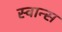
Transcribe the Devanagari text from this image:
स्वान्स